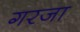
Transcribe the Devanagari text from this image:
गरजा